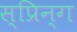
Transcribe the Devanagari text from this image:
स्प्रिन्ग